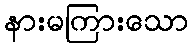
နားမကြားသော